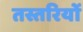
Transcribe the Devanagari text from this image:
तस्तरियों